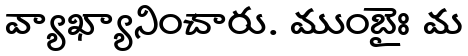
వ్యాఖ్యానించారు. ముంబైః మ